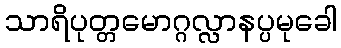
သာရိပုတ္တမောဂ္ဂလ္လာနပ္ပမုခေါ